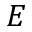
E